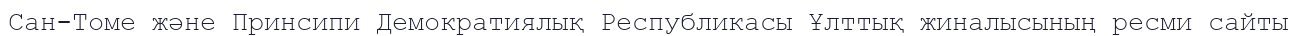
Сан-Томе және Принсипи Демократиялық Республикасы Ұлттық жиналысының ресми сайты